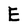
Character: E